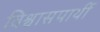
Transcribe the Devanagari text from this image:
विश्वासपार्थी